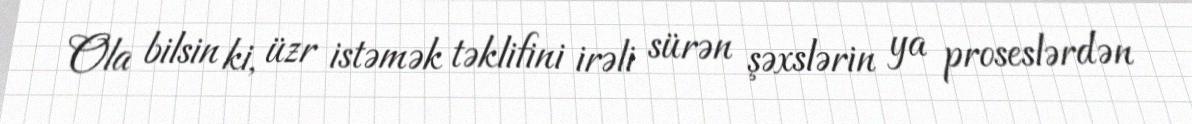
Ola bilsin ki, üzr istəmək təklifini irəli sürən şəxslərin ya proseslərdən